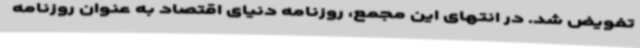
تفویض شد. در انتهای این مجمع، روزنامه دنیای اقتصاد به عنوان روزنامه